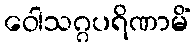
ဝေါသဂ္ဂပရိဏာမိံ